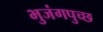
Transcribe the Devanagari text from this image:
भुजंगपुच्छ